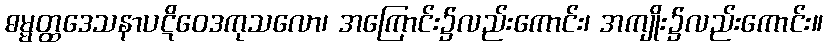
ဓမ္မတ္ထဒေသနာပဋိဝေဒကုသလော၊ အကြောင်း၌လည်းကောင်း၊ အကျိုး၌လည်းကောင်း။